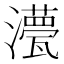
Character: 𭳡